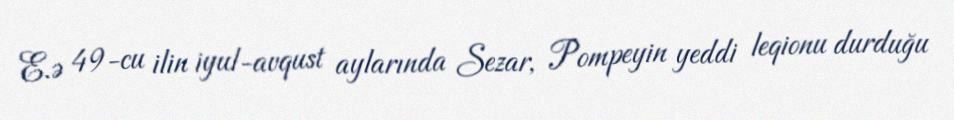
E.ə 49-cu ilin iyul-avqust aylarında Sezar, Pompeyin yeddi leqionu durduğu